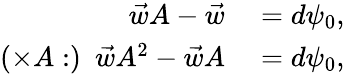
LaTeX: \begin{array}{rl}{\vec{w}A-\vec{w}}&{{}=d\psi_{0},}\\ {(\times A:)\ \ \vec{w}A^{2}-\vec{w}A}&{{}=d\psi_{0},}\end{array}